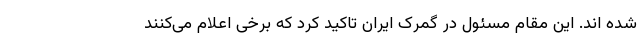
شده اند. این مقام مسئول در گمرک ایران تاکید کرد که برخی اعلام می‌کنند